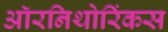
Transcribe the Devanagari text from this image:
ऑरनिथोरिंकस